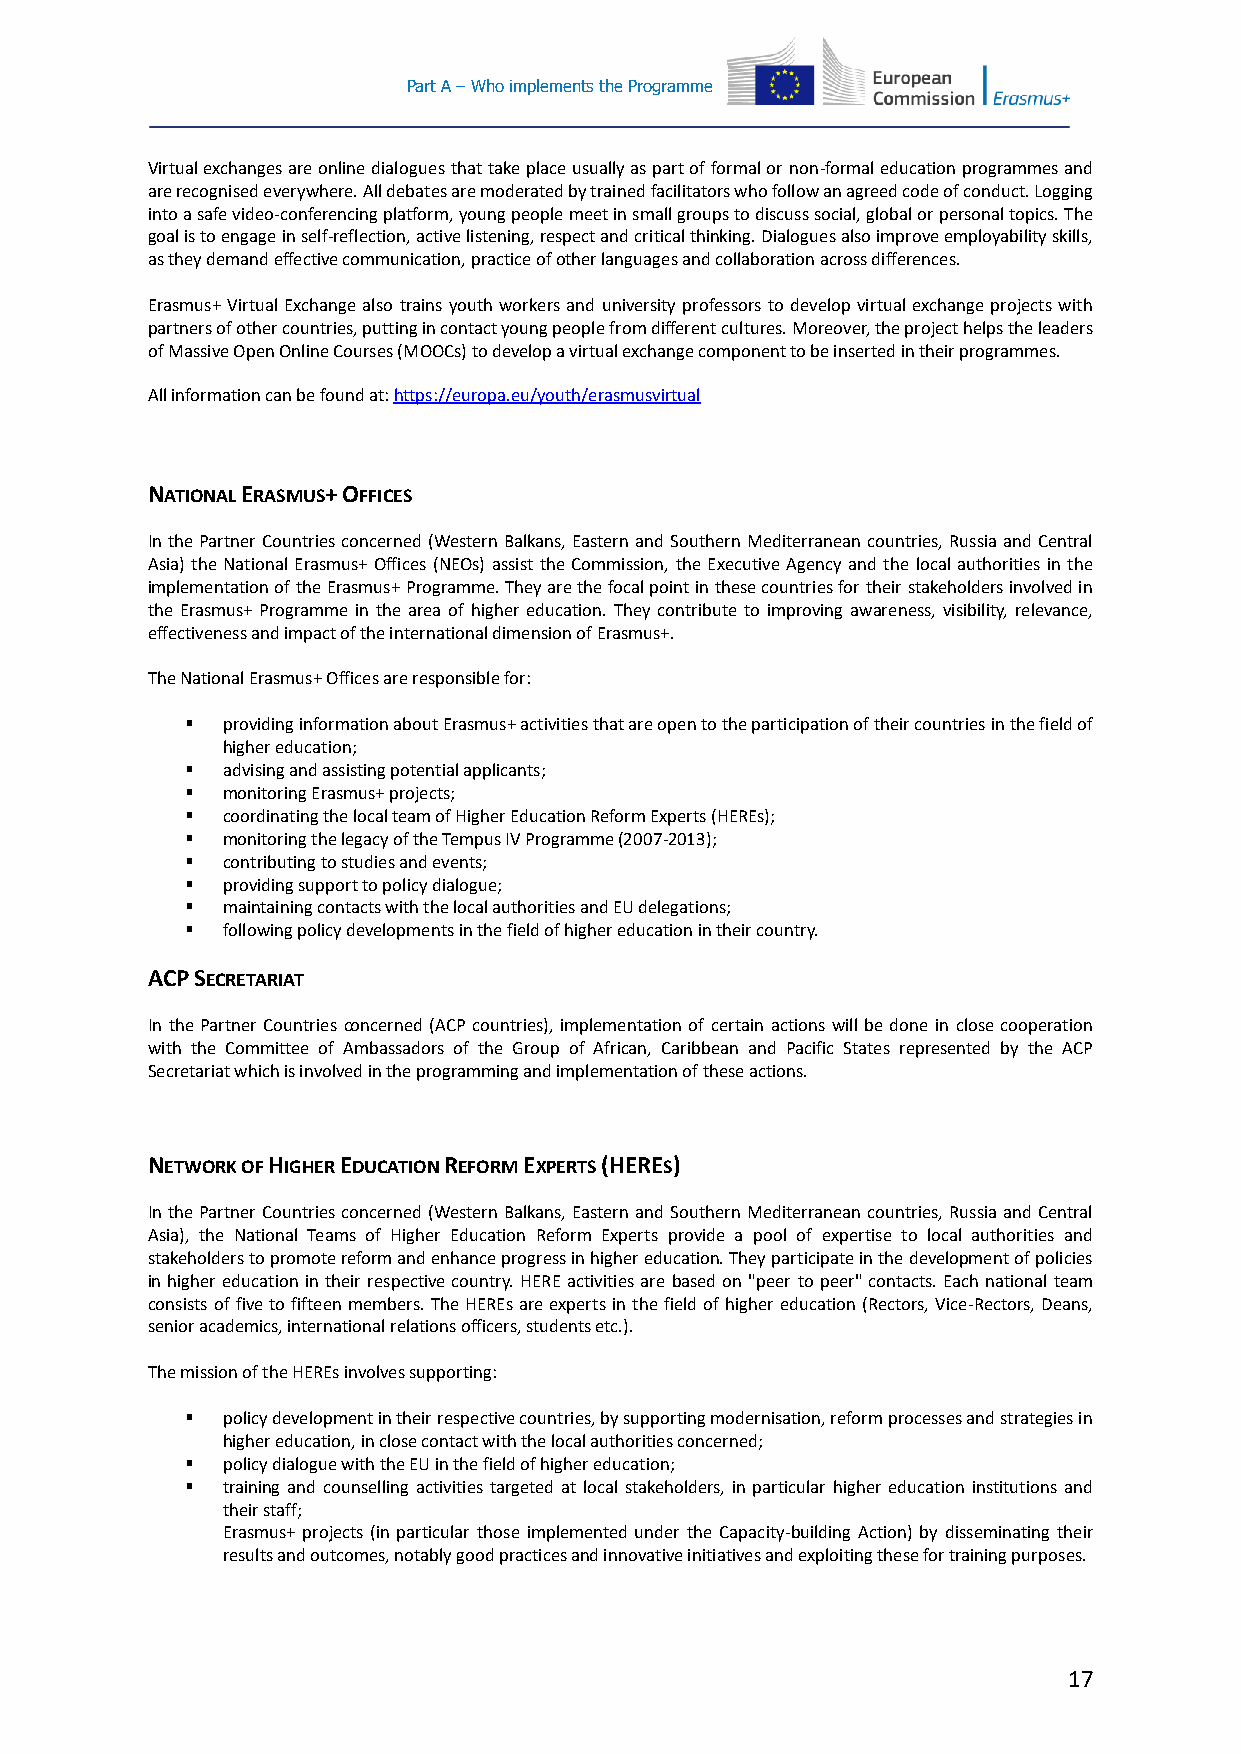
Part A – Who implements the Programme
 Virtual exchanges are online dialogues that take place usually as part of formal or non-formal education programmes and
 are recognised everywhere. All debates are moderated by trained facilitators who follow an agreed code of conduct. Logging
 into a safe video-conferencing platform, young people meet in small groups to discuss social, global or personal topics. The
 goal is to engage in self-reflection, active listening, respect and critical thinking. Dialogues also improve employability skills,
 as they demand effective communication, practice of other languages and collaboration across differences.
 Erasmus+ Virtual Exchange also trains youth workers and university professors to develop virtual exchange projects with
 partners of other countries, putting in contact young people from different cultures. Moreover, the project helps the leaders
 of Massive Open Online Courses (MOOCs) to develop a virtual exchange component to be inserted in their programmes.
 All information can be found at: https://europa.eu/youth/erasmusvirtual
 NATIONAL ERASMUS+ OFFICES
 In the Partner Countries concerned (Western Balkans, Eastern and Southern Mediterranean countries, Russia and Central
 Asia) the National Erasmus+ Offices (NEOs) assist the Commission, the Executive Agency and the local authorities in the
 implementation of the Erasmus+ Programme. They are the focal point in these countries for their stakeholders involved in
 the Erasmus+ Programme in the area of higher education. They contribute to improving awareness, visibility, relevance,
 effectiveness and impact of the international dimension of Erasmus+.
 The National Erasmus+ Offices are responsible for:
   providing information about Erasmus+ activities that are open to the participation of their countries in the field of
 higher education;
   advising and assisting potential applicants;
   monitoring Erasmus+ projects;
   coordinating the local team of Higher Education Reform Experts (HEREs);
   monitoring the legacy of the Tempus IV Programme (2007-2013);
   contributing to studies and events;
   providing support to policy dialogue;
   maintaining contacts with the local authorities and EU delegations;
   following policy developments in the field of higher education in their country.
 ACP SECRETARIAT
 In the Partner Countries concerned (ACP countries), implementation of certain actions will be done in close cooperation
 with the Committee of Ambassadors of the Group of African, Caribbean and Pacific States represented by the ACP
 Secretariat which is involved in the programming and implementation of these actions.
 NETWORK OF HIGHER EDUCATION REFORM EXPERTS (HERES)
 In the Partner Countries concerned (Western Balkans, Eastern and Southern Mediterranean countries, Russia and Central
 Asia), the National Teams of Higher Education Reform Experts provide a pool of expertise to local authorities and
 stakeholders to promote reform and enhance progress in higher education. They participate in the development of policies
 in higher education in their respective country. HERE activities are based on "peer to peer" contacts. Each national team
 consists of five to fifteen members. The HEREs are experts in the field of higher education (Rectors, Vice-Rectors, Deans,
 senior academics, international relations officers, students etc.).
 The mission of the HEREs involves supporting:
   policy development in their respective countries, by supporting modernisation, reform processes and strategies in
 higher education, in close contact with the local authorities concerned;
   policy dialogue with the EU in the field of higher education;
   training and counselling activities targeted at local stakeholders, in particular higher education institutions and
 their staff;
 Erasmus+ projects (in particular those implemented under the Capacity-building Action) by disseminating their
 results and outcomes, notably good practices and innovative initiatives and exploiting these for training purposes.
 17